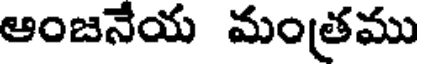
ఆంజనేయ మంత్రము